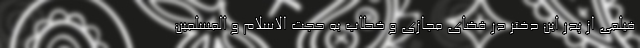
فیلمی از پدر این دختر در فضای مجازی و خطاب به حجت الاسلام و المسلمین